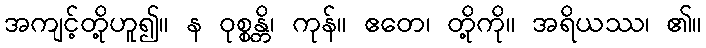
အကျင့်တို့ဟူ၍။ န ဝုစ္စန္တိ၊ ကုန်။ ဧတေ၊ တို့ကို။ အရိယဿ၊ ၏။